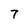
Character: 7